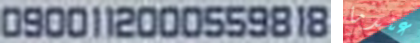
0900112000559818 عندما